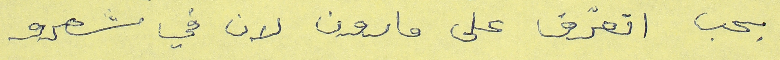
بحب اتعرّف على مارون لان في شعرو